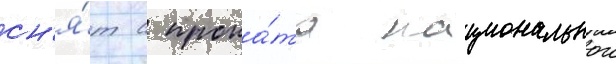
сн'я́т с прока́та национальнои